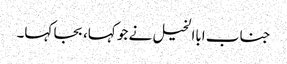
جناب اباالخیل نے جو کہا، بجا کہا۔